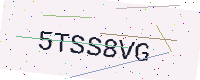
Text: 5TSS8VG